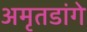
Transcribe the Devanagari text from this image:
अमृतडांगे